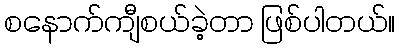
စနောက်ကျီစယ်ခဲ့တာ ဖြစ်ပါတယ်။